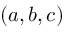
( a , b , c )